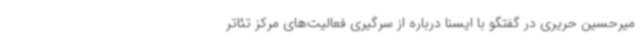
میرحسین حریری در گفتگو با ایسنا درباره از سرگیری فعالیت‌های مرکز تئاتر